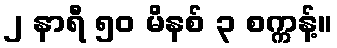
၂ နာရီ ၅၀ မိနစ် ၃ စက္ကန့်။